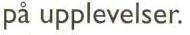
på upplevelser.